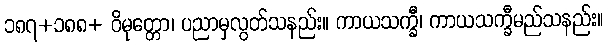
၁၈၇+၁၈၈+ ဝိမုတ္တော၊ ပညာမှလွတ်သနည်း။ ကာယသက္ခီ၊ ကာယသက္ခီမည်သနည်း။